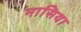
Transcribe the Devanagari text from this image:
नासिया